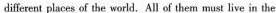
different places of the world,All of them must live in the